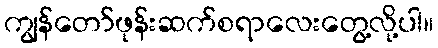
ကျွန်တော်ဖုန်းဆက်စရာလေးတွေ့လို့ပါ။